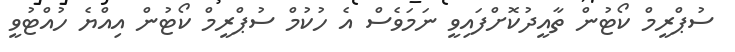
ސުޕްރީމް ކޯޓުން ތާއީދުކޮށްފައިވީ ނަމަވެސް އެ ހުކުމް ސުޕްރީމް ކޯޓުން އިއްޔެ ހުއްޓުވީ